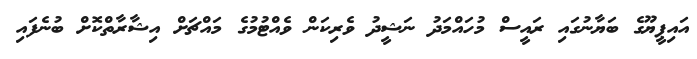
އައިޕީޔޫގެ ބަޔާނުގައި ރައީސް މުހައްމަދު ނަޝީދު ވެރިކަން ވެއްޓުމުގެ މައްޗަށް އިޝާރާތްކޮށް ބުނެފައި